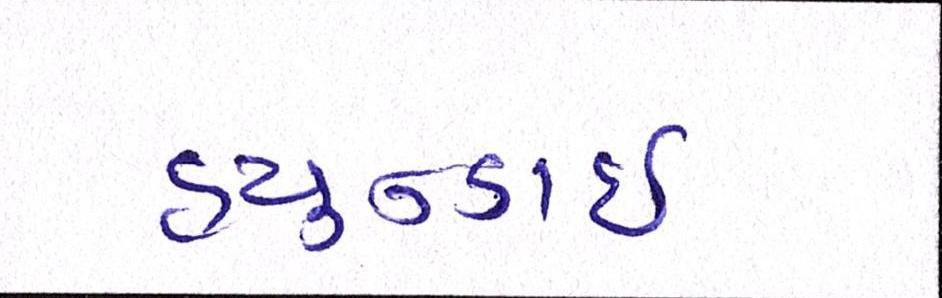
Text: હ્યુન્ડાઇ